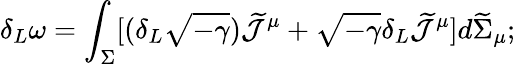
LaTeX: \delta_{L}\omega=\int_{\Sigma}[(\delta_{L}\sqrt{-\gamma})\widetilde{\cal J}^{\mu}+\sqrt{-\gamma}\delta_{L}\widetilde{\cal J}^{\mu}]d\widetilde{\Sigma}_{\mu};